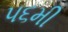
૫૬મી